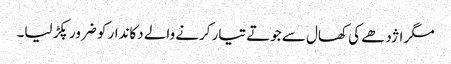
مگر اژدھے کی کھال سے جوتے تیار کرنے والے دکاندار کو ضرور پکڑ لیا۔